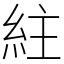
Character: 紸